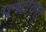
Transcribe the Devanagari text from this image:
पद्मावत्